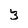
Character: 3